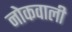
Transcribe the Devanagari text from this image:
नोकवाली